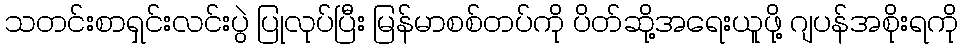
သတင်းစာရှင်းလင်းပွဲ ပြုလုပ်ပြီး မြန်မာစစ်တပ်ကို ပိတ်ဆို့အရေးယူဖို့ ဂျပန်အစိုးရကို